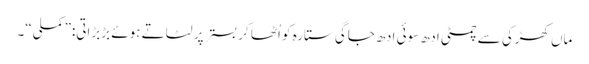
ماں کھڑکی سے چمٹی ادھ سوئی ادھ جاگی ستارہ کو اُٹھا کر بستر پر لٹاتے ہوئے بڑبڑاتی:”کملی“۔